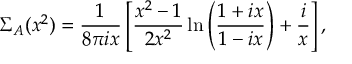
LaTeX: \Sigma _ { A } ( x ^ { 2 } ) = \frac { 1 } { 8 \pi i x } \left[ \frac { x ^ { 2 } - 1 } { 2 x ^ { 2 } } \ln \left( \frac { 1 + i x } { 1 - i x } \right) + \frac { i } { x } \right] ,